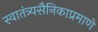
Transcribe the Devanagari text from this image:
स्वातंत्र्यसैनिकाप्रमाणे